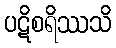
ပဋိစရိဿသိ